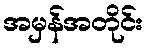
အမှန်အတိုင်း